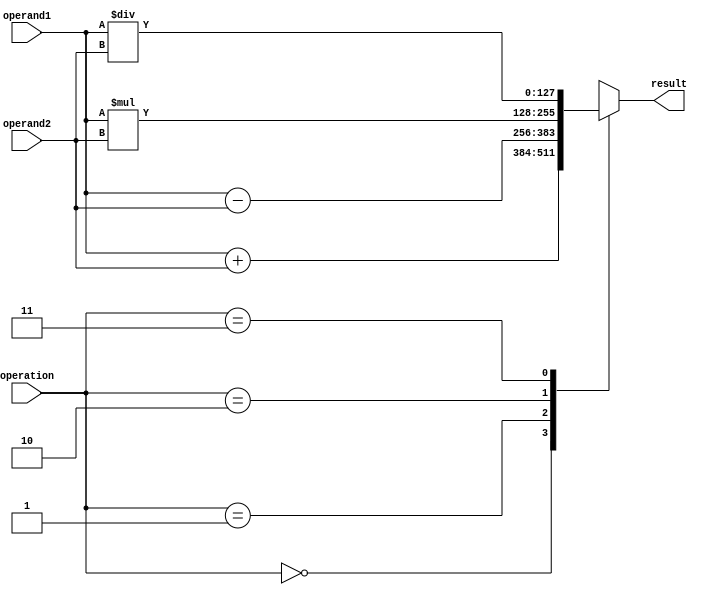
module quadruple_precision_float_unit (
    input wire [127:0] operand1,
    input wire [127:0] operand2,
    input wire [3:0] operation, // 0: addition, 1: subtraction, 2: multiplication, 3: division
    output reg [127:0] result
);

always @(*) begin
    case(operation)
        0: result = operand1 + operand2;
        1: result = operand1 - operand2;
        2: result = operand1 * operand2;
        3: result = operand1 / operand2;
        default: result = 128'hxxxxxxxxxxxxxxxxxxxxxxxxxxxxxxxx; // error case
    endcase
end

endmodule